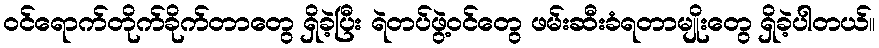
ဝင်ရောက်တိုက်ခိုက်တာတွေ ရှိခဲ့ပြီး ရဲတပ်ဖွဲ့ဝင်တွေ ဖမ်းဆီးခံရတာမျိုးတွေ ရှိခဲ့ပါတယ်။